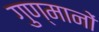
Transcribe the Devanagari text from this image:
गुण्मानों